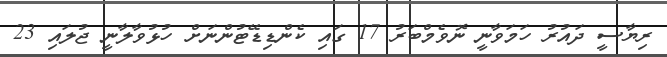
ރިޔާސީ ދައުރު ހަމަވާނީ ނޮވެމްބަރު 17 ގައި ކެންޑިޑޭޓުންނަށް ހުޅުވާލާނީ ޖުލައި 23